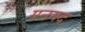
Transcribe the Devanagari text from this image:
मनमद